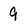
Character: 9